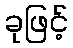
ခုဖြင့်